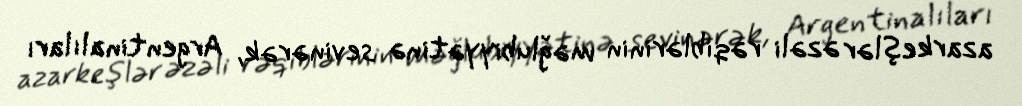
azarkeşlər əzəli rəqiblərinin məğlubiyyətinə sevinərək, Argentinalıları